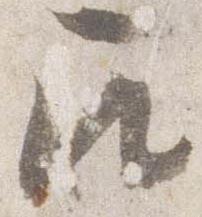
召